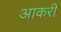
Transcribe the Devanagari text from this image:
आकरी